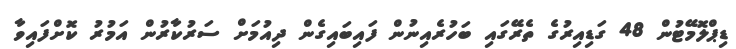
ޑިޕްލޮމޭޓުން 48 ގަޑިއިރުގެ ތެރޭގައި ބަހުރެއިނުން ފައިބައިގެން ދިއުމަށް ސަރުކާރުން އަމުރު ކޮށްފައިވާ